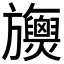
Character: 𣄪